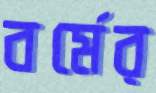
বর্মের